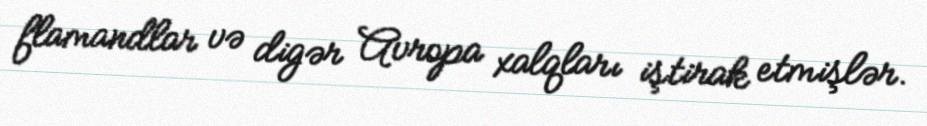
flamandlar və digər Avropa xalqları iştirak etmişlər.